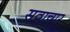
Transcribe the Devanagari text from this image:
सवाचार